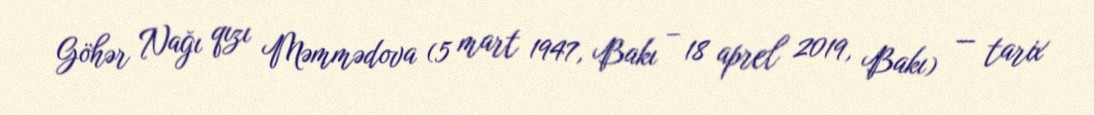
Göhər Nağı qızı Məmmədova (5 mart 1947, Bakı – 18 aprel 2019, Bakı) — tarix